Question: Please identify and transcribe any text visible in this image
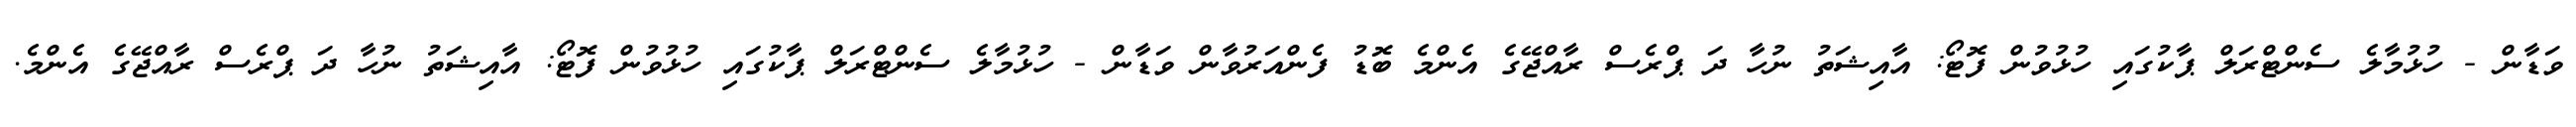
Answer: ވަޑާން - ހުޅުމާލެ ސެންޓްރަލް ޕާކުގައި ހުޅުވުން ފޮޓޯ: އާއިޝަތު ނުހާ ދަ ޕްރެސް ރާއްޖޭގެ އެންމެ ބޮޑު ފެންއަރުވާން ވަޑާން - ހުޅުމާލެ ސެންޓްރަލް ޕާކުގައި ހުޅުވުން ފޮޓޯ: އާއިޝަތު ނުހާ ދަ ޕްރެސް ރާއްޖޭގެ އެންމެ.